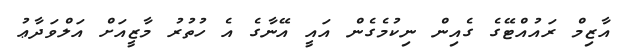
އާޒިމް ރައުއްޓޭގެ ގެއިން ނިކުމެގެން އައީ އޭނާގެ އެ ހުތުރު މާޒީއަށް އަލްވަދާޢު